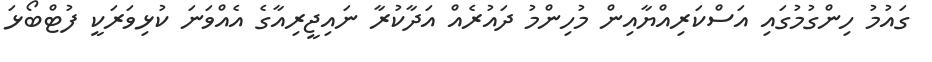
ގައުމު ހިންގުމުގައި އަސްކަރިއްޔާއިން މުހިންމު ދައުރެއް އަދާކުރާ ނައިޖީރިއާގެ އެއްވަނަ ކުޅިވަރަކީ ފުޓްބޯޅަ